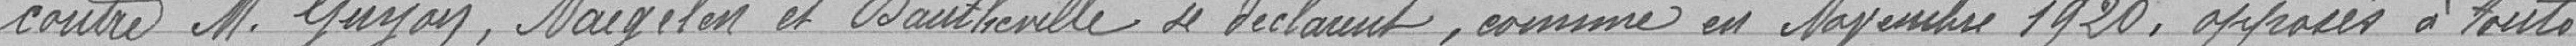
contre Monsiuer Gayon, Naegelen et Dautherville se déclarant, comme en novembre 1920, opposés à toute